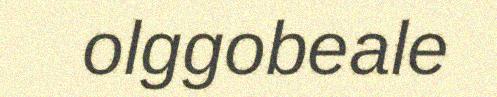
olggobeale